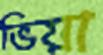
ভিয়া